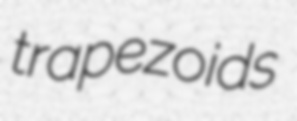
trapezoids